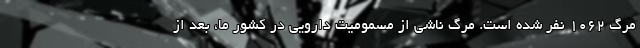
مرگ 1062 نفر شده است. مرگ ناشی از مسمومیت دارویی در کشور ما، بعد از